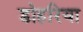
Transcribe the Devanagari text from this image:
डोहरिया